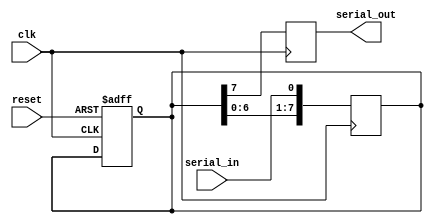
module siso_shift_register (
    input clk, // clock signal
    input reset, // asynchronous reset signal
    input serial_in, // serial data input
    output reg serial_out // serial data output
);

reg [7:0] shift_register; // 8-bit shift register

// synchronous reset
always @(posedge clk or negedge reset)
begin
    if (!reset)
        shift_register <= 8'b0;
    else
        shift_register <= shift_register;
end

// shift register logic
always @(posedge clk)
begin
    shift_register <= {shift_register[6:0], serial_in};
end

// serial output logic
always @(posedge clk)
begin
    serial_out <= shift_register[7];
end

endmodule